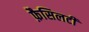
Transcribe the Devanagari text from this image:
फ़ैसिलटी